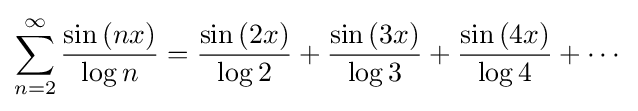
\sum _{n=2}^{\infty }{\frac {\sin {(nx)}}{\log {n}}}={\frac {\sin {(2x)}}{\log {2}}}+{\frac {\sin {(3x)}}{\log {3}}}+{\frac {\sin {(4x)}}{\log {4}}}+\cdots